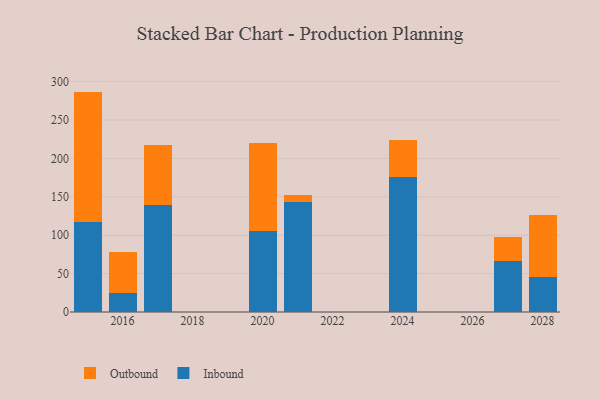
{"axis": {"x": "Year", "y": "LTV (USD)"}, "legend": ["Inbound", "Outbound"], "data": [{"x": "2020", "y": 104.9, "type": "Inbound"}, {"x": "2020", "y": 115.6, "type": "Outbound"}, {"x": "2027", "y": 66.1, "type": "Inbound"}, {"x": "2027", "y": 31.8, "type": "Outbound"}, {"x": "2021", "y": 142.6, "type": "Inbound"}, {"x": "2021", "y": 9.2, "type": "Outbound"}, {"x": "2028", "y": 45.4, "type": "Inbound"}, {"x": "2028", "y": 81.1, "type": "Outbound"}, {"x": "2017", "y": 139.5, "type": "Inbound"}, {"x": "2017", "y": 77.5, "type": "Outbound"}, {"x": "2015", "y": 117.0, "type": "Inbound"}, {"x": "2015", "y": 170.0, "type": "Outbound"}, {"x": "2024", "y": 175.3, "type": "Inbound"}, {"x": "2024", "y": 48.1, "type": "Outbound"}, {"x": "2016", "y": 24.9, "type": "Inbound"}, {"x": "2016", "y": 53.4, "type": "Outbound"}]}